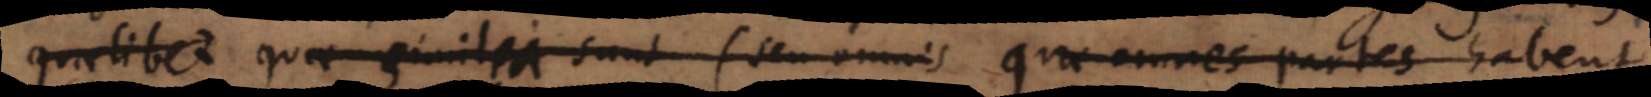
quaelibet quae similia sunt (seu omnis quae omnes partes habent